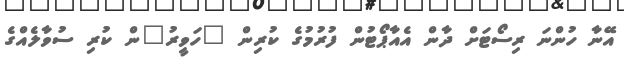
އޭނާ ހުންނަ ރިސޯޓަށް ދާން އެއާޕޯޓުން ފުރުމުގެ ކުރިން "ހަވީރު"ން ކުރި ސުވާލެއްގެ